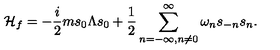
{ \cal H } _ { f } = - { \frac { i } { 2 } } m s _ { 0 } \Lambda s _ { 0 } + { \frac { 1 } { 2 } } \sum _ { n = - \infty , n \neq 0 } ^ { \infty } \omega _ { n } s _ { - n } s _ { n } .